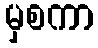
မှစကာ